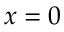
x = 0